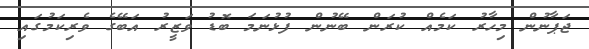
ޖަޕާނުން މިހާރު ކަމެއް ކުރަން ބޭނުން ފުޅުނަމަ ބޮޑު ވަޒީރު އަބޭގެ ވެރިކަމުގައި